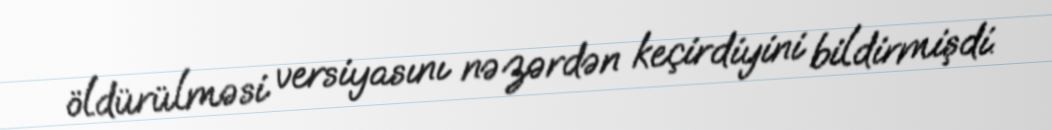
öldürülməsi versiyasını nəzərdən keçirdiyini bildirmişdi.